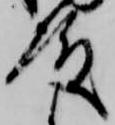
殿